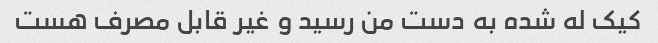
کیک له شده به دست من رسید و غیر قابل مصرف هست